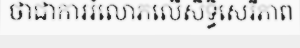
ថាជាការរំលោភលើសិទ្ធិសេរីភាព